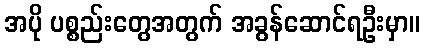
အပို ပစ္စည်းတွေအတွက် အခွန်ဆောင်ရဦးမှာ။